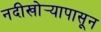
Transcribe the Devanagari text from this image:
नदीखोर्‍यापासून